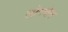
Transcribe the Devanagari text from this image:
लोगचेन